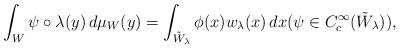
LaTeX: \begin{align*}\int_W \psi\circ \lambda(y)\,d\mu_W(y)=\int_{\tilde W_\lambda}\phi(x) w_\lambda(x)\,dx (\psi\in C_c^\infty(\tilde W_\lambda)),\end{align*}